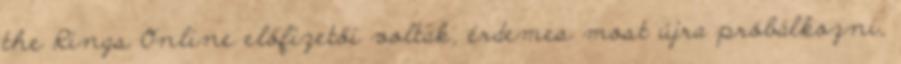
the Rings Online előfizetői voltak, érdemes most újra próbálkozni,